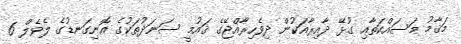
މަޤާމު މަސައްކަތާއި ގުޅޭ ދާއިރާއަކުން ދިވެހިރާއްޖޭގެ ޤައުމީ ސަނަދުތަކުގެ އޮނިގަނޑުގެ ލެވެލް 6